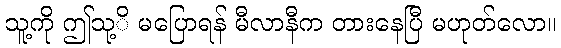
သူ့ကို ဤသု့ိ မပြောရန် မီလာနီက တားနေပြီ မဟုတ်လော။